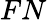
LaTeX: FN